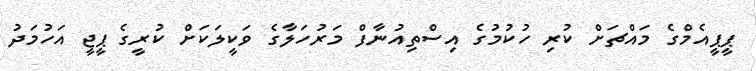
ޕީޕީއެމްގެ މައްޗަށް ކުރި ހުކުމުގެ އިސްތިއުނާފް މަރުހަލާގެ ވަކީލަކަށް ކުރީގެ ޕީޖީ އަހުމަދު